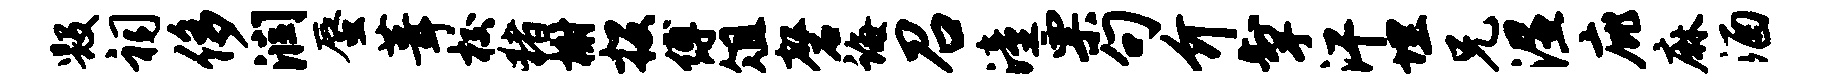
毁祠侈润蜃葺校猪榭投缚俎磬诲召潼票句介掣汗埋兄湿庇麻酒